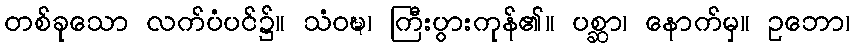
တစ်ခုသော လက်ပံပင်၌။ သံဝဍ္ဎ၊ ကြီးပွားကုန်၏။ ပစ္ဆာ၊ နောက်မှ။ ဥဘော၊